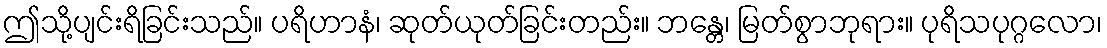
ဤသို့ပျင်းရိခြင်းသည်။ ပရိဟာနံ၊ ဆုတ်ယုတ်ခြင်းတည်း။ ဘန္တေ၊ မြတ်စွာဘုရား။ ပုရိသပုဂ္ဂလော၊